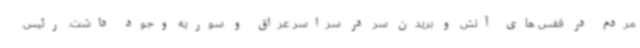
مردم در قفس های آتش و بریدن سر در سراسر عراق و سوریه وجود داشت. رئیس